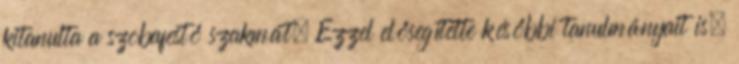
kitanulta a szobafestő szakmát. Ezzel elősegítette későbbi tanulmányait is.